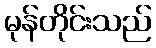
မုန်တိုင်းသည်